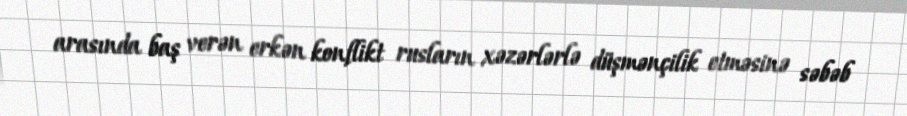
arasında baş verən erkən konflikt rusların xəzərlərlə düşmənçilik etməsinə səbəb